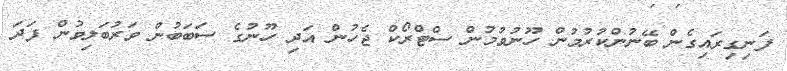
ފަނިގިރައިގެން ބޭނުންކުރުމުން ހޫނުވުމުން ސްޓްރޯކް ޖެހުން އަދި ހޫނުގެ ސަބަބުން ވަރުބަލިވުން ފަދަ